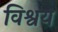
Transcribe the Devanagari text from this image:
विश्वय